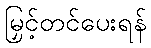
မြှင့်တင်ပေးရန်